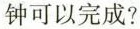
钟可以完成?